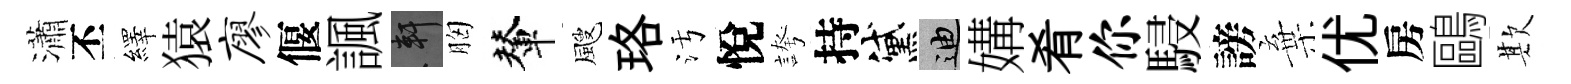
瀟丕繹猿廖偃諷軒胸輦颼珞污悅誇持黛迪媾肴你駸謗棄优房鷗欺